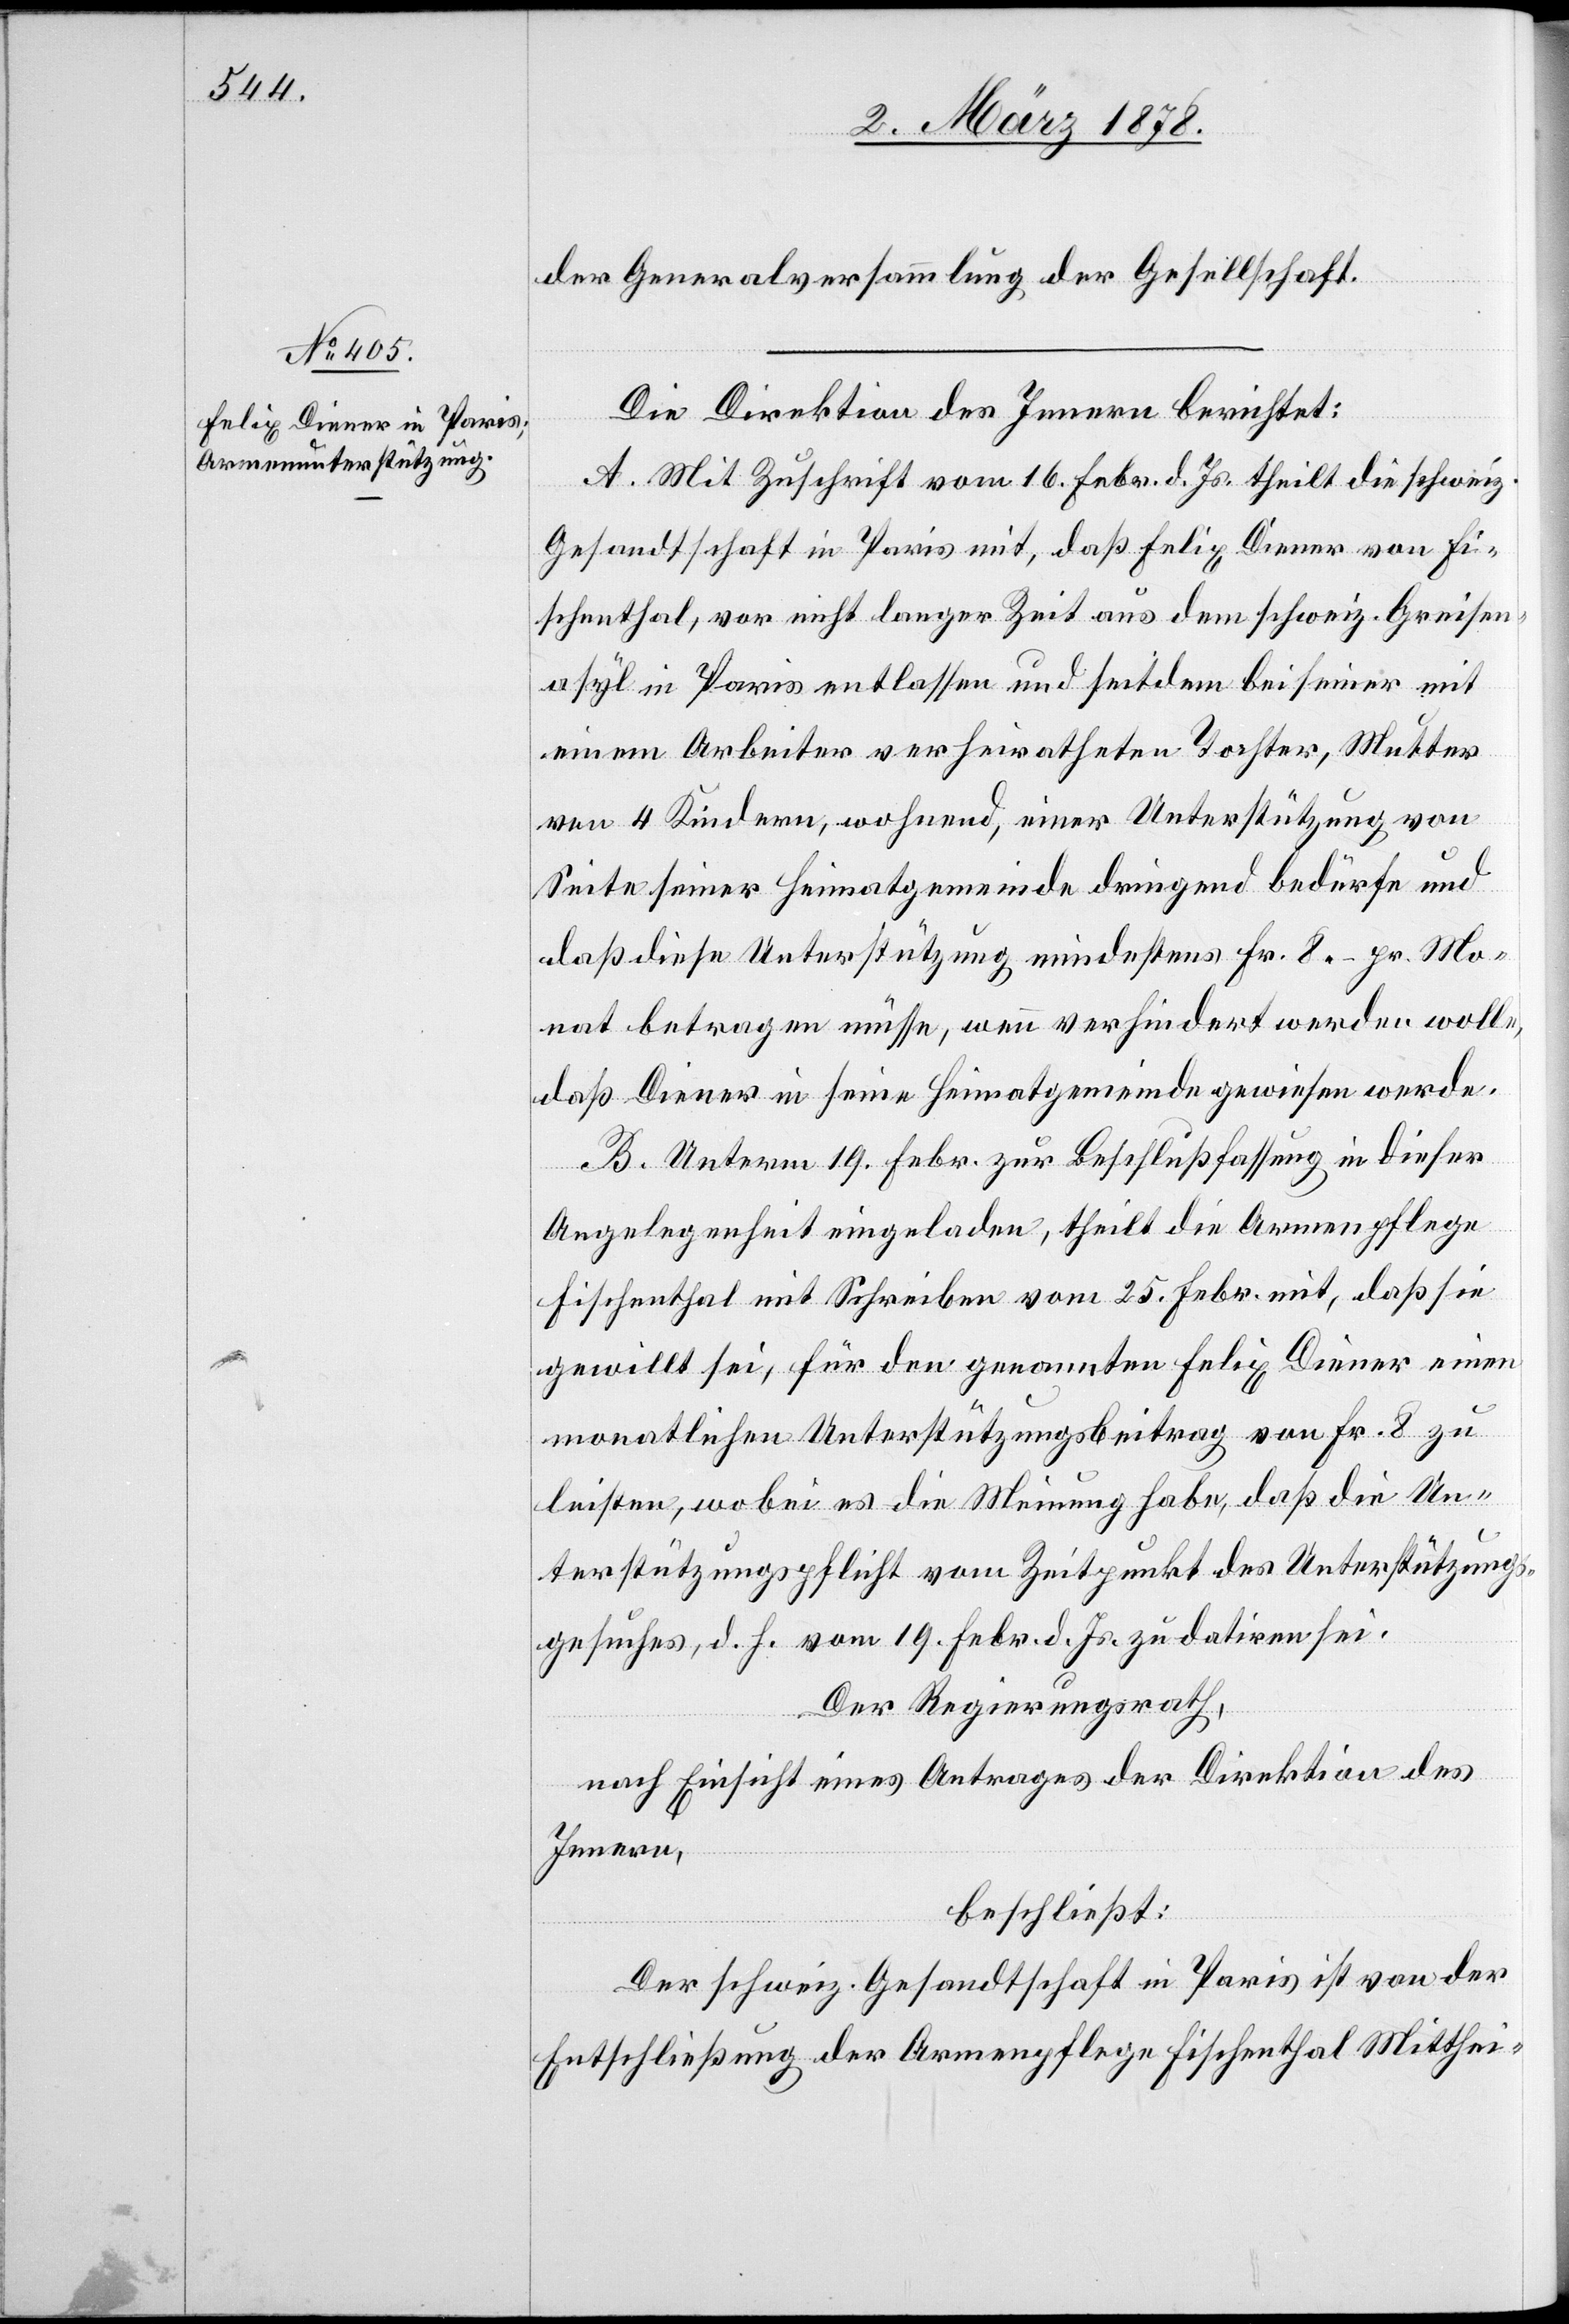
der Generalversammlung der Gesellschaft.
Die Direktion des Innern berichtet:
A. Mit Zuschrift vom 16. Febr. d. Js. theilt die schweiz.
Gesandtschaft in Paris mit, daß Felix Diener von Fi¬
schenthal, vor nicht langer Zeit aus dem schweiz. Greisen¬
asyl in Paris entlassen und seitdem bei seiner mit
einem Arbeiter verheiratheten Tochter, Mutter
von 4 Kindern, wohnend, einer Unterstützung von
Seite seiner Heimatgemeinde dringend bedürfe und
daß diese Unterstützung mindestens Fr. 8.– pr. Mo¬
nat betragen müsse, wenn verhindert werden wolle,
daß Diener in seine Heimatgemeinde gewiesen werde.
B. Unterm 19. Febr. zu Beschlussfassung in dieser
Angelegenheit eingeladen, theilt die Armenpflege
Fischenthal mit Schreiben vom 25. Febr. mit, daß sie
gewillt sei, für den genannten Felix Diener einen
monatlichen Unterstützungsbeitrag von Fr. 8 zu
leisten, wobei es die Meinung habe, daß die Un¬
terstützungspflicht vom Zeitpunkt des Unterstützungs¬
gesuches, d. h. vom 19. Febr. d. Js. zu datiren sei.
Der Regierungsrath,
nach Einsicht eines Antrages der Direktion des
Innern,
beschließt:
Der schweiz. Gesandtschaft in Paris ist von der
Entschließung der Armenpflege Fischenthal Mitthei-